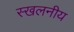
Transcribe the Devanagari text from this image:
स्खलनीय